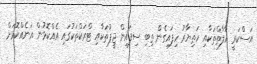
އަސްކަރީ އާލާތްތަކާއި ހަތިޔާރު ހިފައިގެން ތިބި ސިފައިން ޖީޕުތަކާއި ޓްރަކްތަކުގައި އެއްކޮޅުން އަނެއްކޮޅަށް